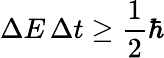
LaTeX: \Delta E\, \Delta t\geq{\frac{1}{2}}\hbar